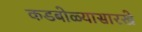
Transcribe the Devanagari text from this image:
कडबोळ्यासारखे